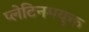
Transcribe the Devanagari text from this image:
प्लेटिनमयुक्त